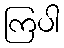
ကြပါ